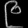
Digit: ၉